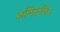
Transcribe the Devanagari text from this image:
अभिरूचि।